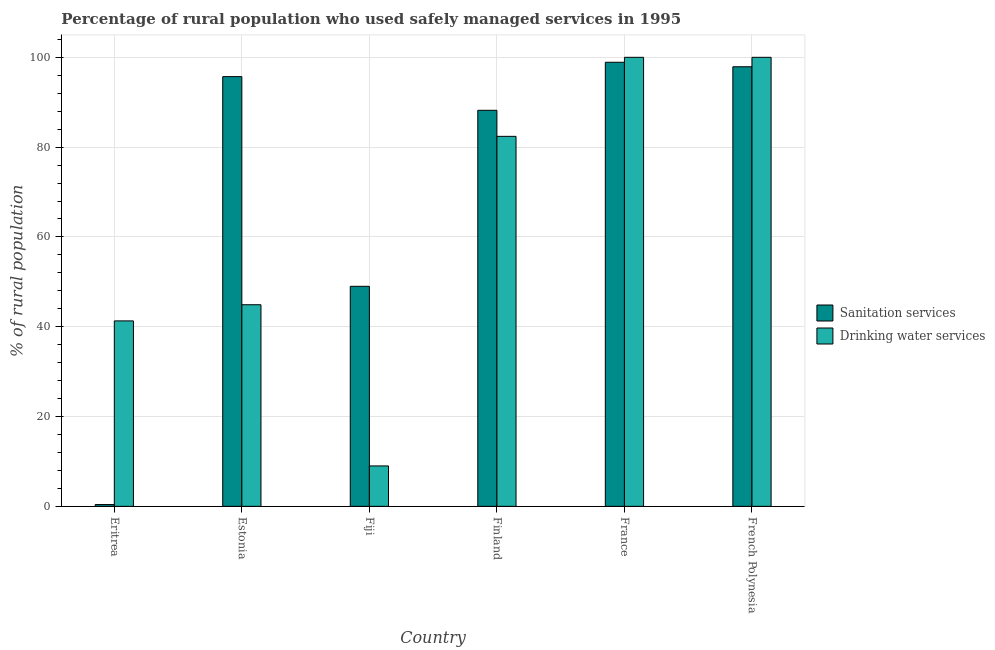
| Country | Sanitation services | Drinking water services |
 | --- | --- | --- |
 | Eritrea | 0.4 | 41.3 |
 | Estonia | 95.7 | 44.9 |
 | Fiji | 49 | 9 |
 | Finland | 88.2 | 82.4 |
 | France | 98.9 | 100 |
 | French Polynesia | 97.9 | 100 |